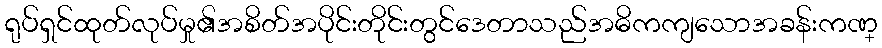
ရုပ်ရှင်ထုတ်လုပ်မှု၏အစိတ်အပိုင်းတိုင်းတွင်ဒေတာသည်အဓိကကျသောအခန်းကဏ္